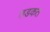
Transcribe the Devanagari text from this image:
तडकत